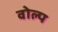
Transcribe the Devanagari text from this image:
वोल्प